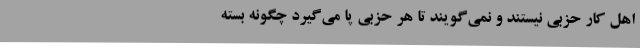
اهل کار حزبی نیستند و نمی‌گویند تا هر حزبی پا می‌گیرد چگونه بسته